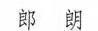
郎朗